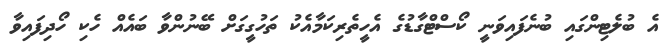
އެ ބުލެޓިންގައި ބުނެފައިވަނީ ކޯސްޓްގާޑުގެ އެހީތެރިކަމާއެކު ތަހުގީގަށް ބޭނުންވާ ބައެއް ހެކި ހޯދިފައިވާ